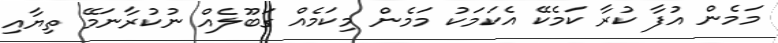
މަމެން އުފާ ކުރާ ކަމެކޭ އެކަމަކު މަމެން މިކަމެއް ގަބޫލެއް ނުކުރާނަމޭ ތިޔާއި